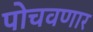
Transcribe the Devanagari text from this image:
पोचवणार